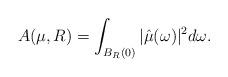
LaTeX: \begin{align*}A(\mu,R)=\int_{B_R(0)} |\hat{\mu}(\omega)|^2 d\omega.\end{align*}